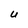
Character: U